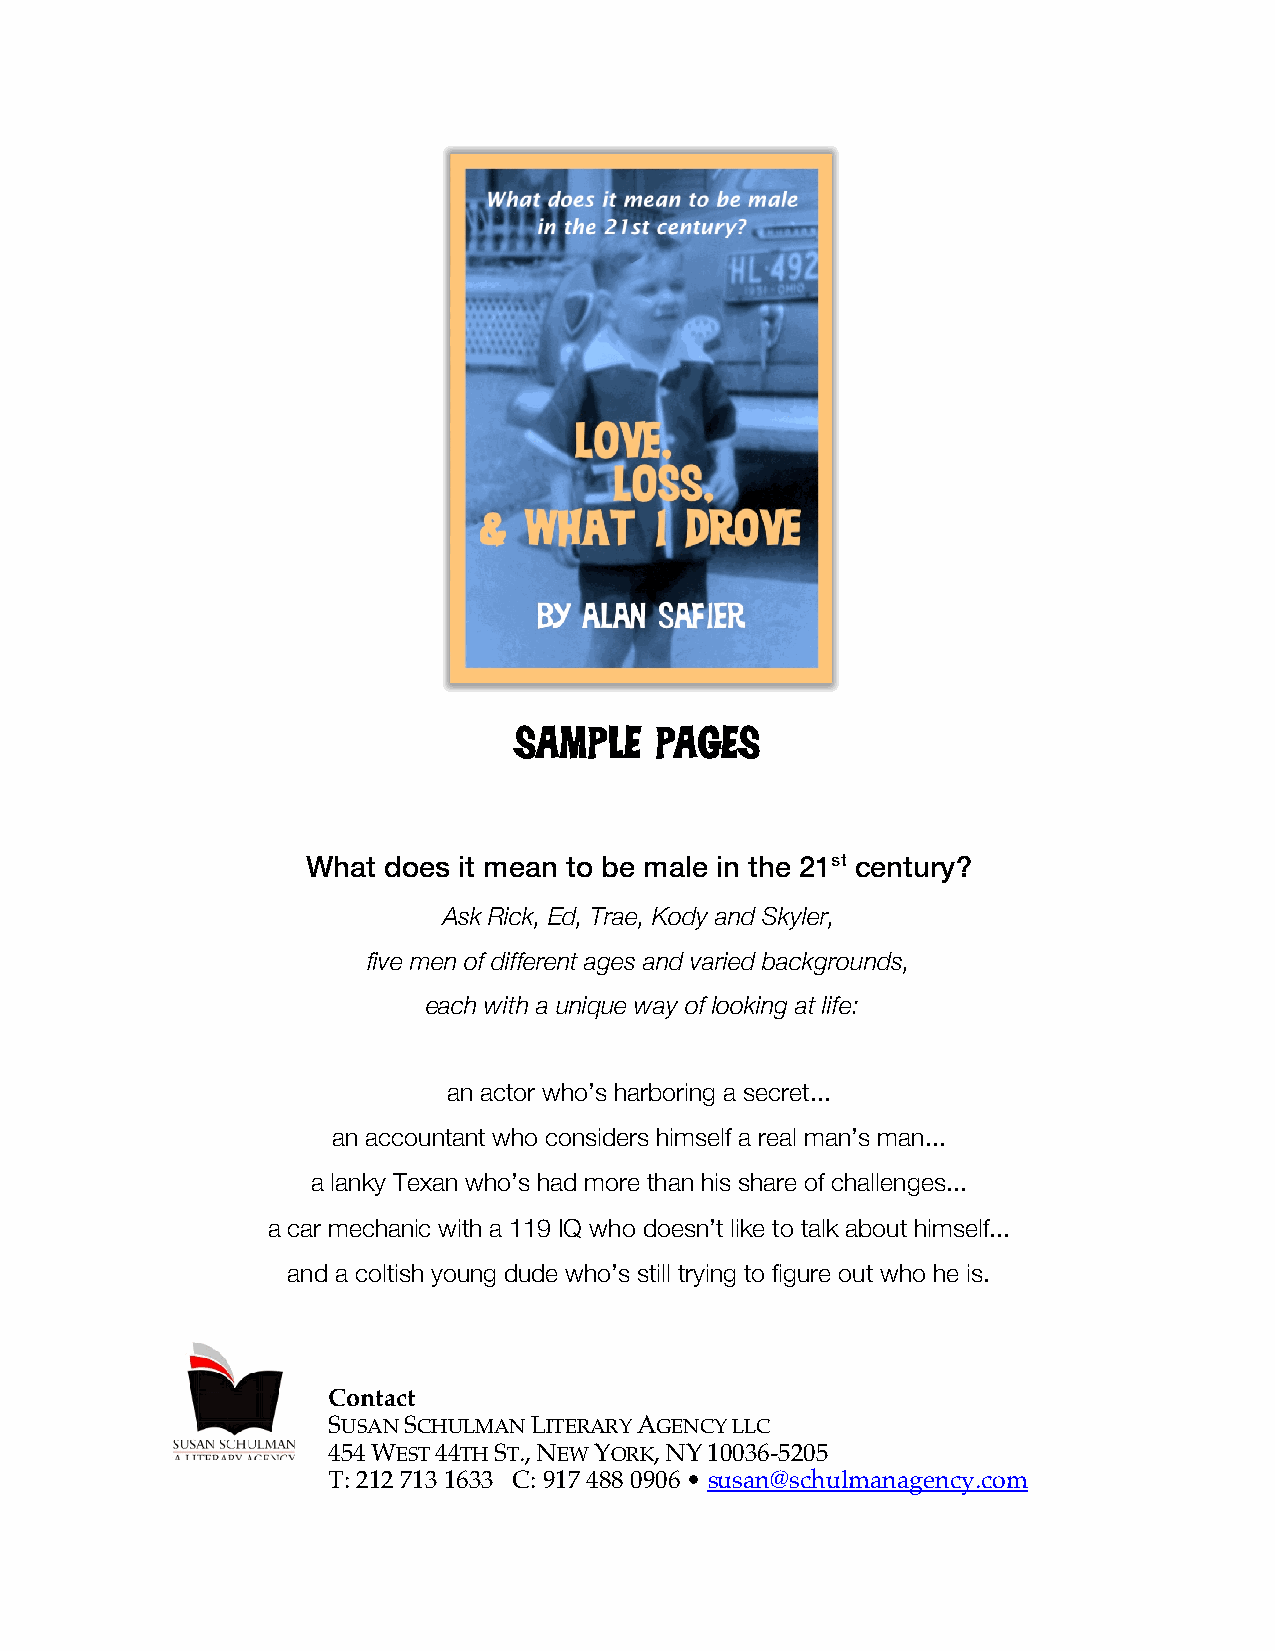
SAMPLE   PAGES
 What does it mean to be male in the 21st century?
 Ask Rick, Ed, Trae, Kody and Skyler,
 five men of different ages and varied backgrounds,
 each with a unique way of looking at life:
 an actor who’s harboring a secret...
 an accountant who considers himself a real man’s man...
 a lanky Texan who’s had more than his share of challenges...
 a car mechanic with a 119 IQ who doesn’t like to talk about himself...
 and a coltish young dude who’s still trying to figure out who he is.
 Contact
 SUSAN SCHULMAN LITERARY AGENCY LLC
 454 WEST 44TH ST., NEW YORK, NY 10036-5205
 T: 212 713 1633 C: 917 488 0906 • susan@schulmanagency.com